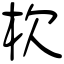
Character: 杴